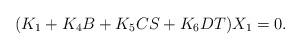
LaTeX: \begin{align*}(K_1+K_4B+K_5CS+K_6DT)X_1=0.\end{align*}